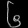
Digit: ၆